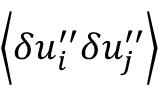
\! \left\langle { \delta u _ { i } ^ { \prime \prime } \delta u _ { j } ^ { \prime \prime } } \right\rangle